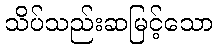
သိပ်သည်းဆမြင့်သော